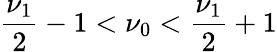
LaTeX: \frac{\nu_{1}}{2}-1<\nu_{0}<\frac{\nu_{1}}{2}+1